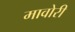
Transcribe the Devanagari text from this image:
मावोरी